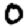
Digit: 0